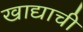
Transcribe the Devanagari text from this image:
खाद्याची